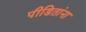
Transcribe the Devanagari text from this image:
पीडितांना